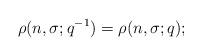
LaTeX: \begin{align*} \rho(n,\sigma;q^{-1}) = \rho(n,\sigma;q);\end{align*}